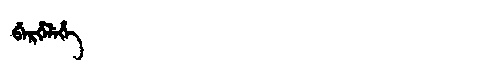
Manchu: ᠪᡝᡵᡥᡝᠯᡝᡥᡝ
Romanization: BERHELEHE